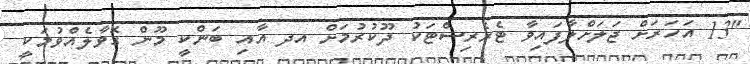
"13 އަހަރަށް ޖަލަށްލާފައިވާ ޓެރެރިސްޓަކު ދޫކުރުމަށް އދ އާއި ބަންކީ މޫން ގޮވާލެއްވުމަކީ